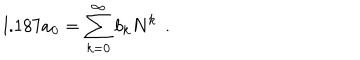
l . 1 8 7 a _ { 0 } = \sum _ { k = 0 } ^ { \infty } b _ { k } N ^ { k } \hspace { 1 e x } .